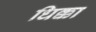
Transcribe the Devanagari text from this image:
धिक्का